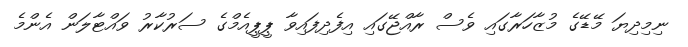
ނިމިދިޔަ މޭޑޭގެ މުޒާހަރާގައި ވެސް ރާއްޖޭގައި އިފެދިފައިވާ ޕީޕީއެމްގެ ސަރުކާރު ވައްޓާލަން އެންމެ